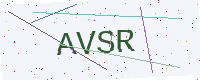
Text: AVSR